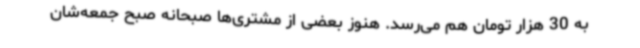
به 30 هزار تومان هم می‌رسد. هنوز بعضی از مشتری‌ها صبحانه صبح جمعه‌شان